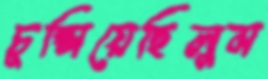
চুপ্‌সিয়েছিলুম